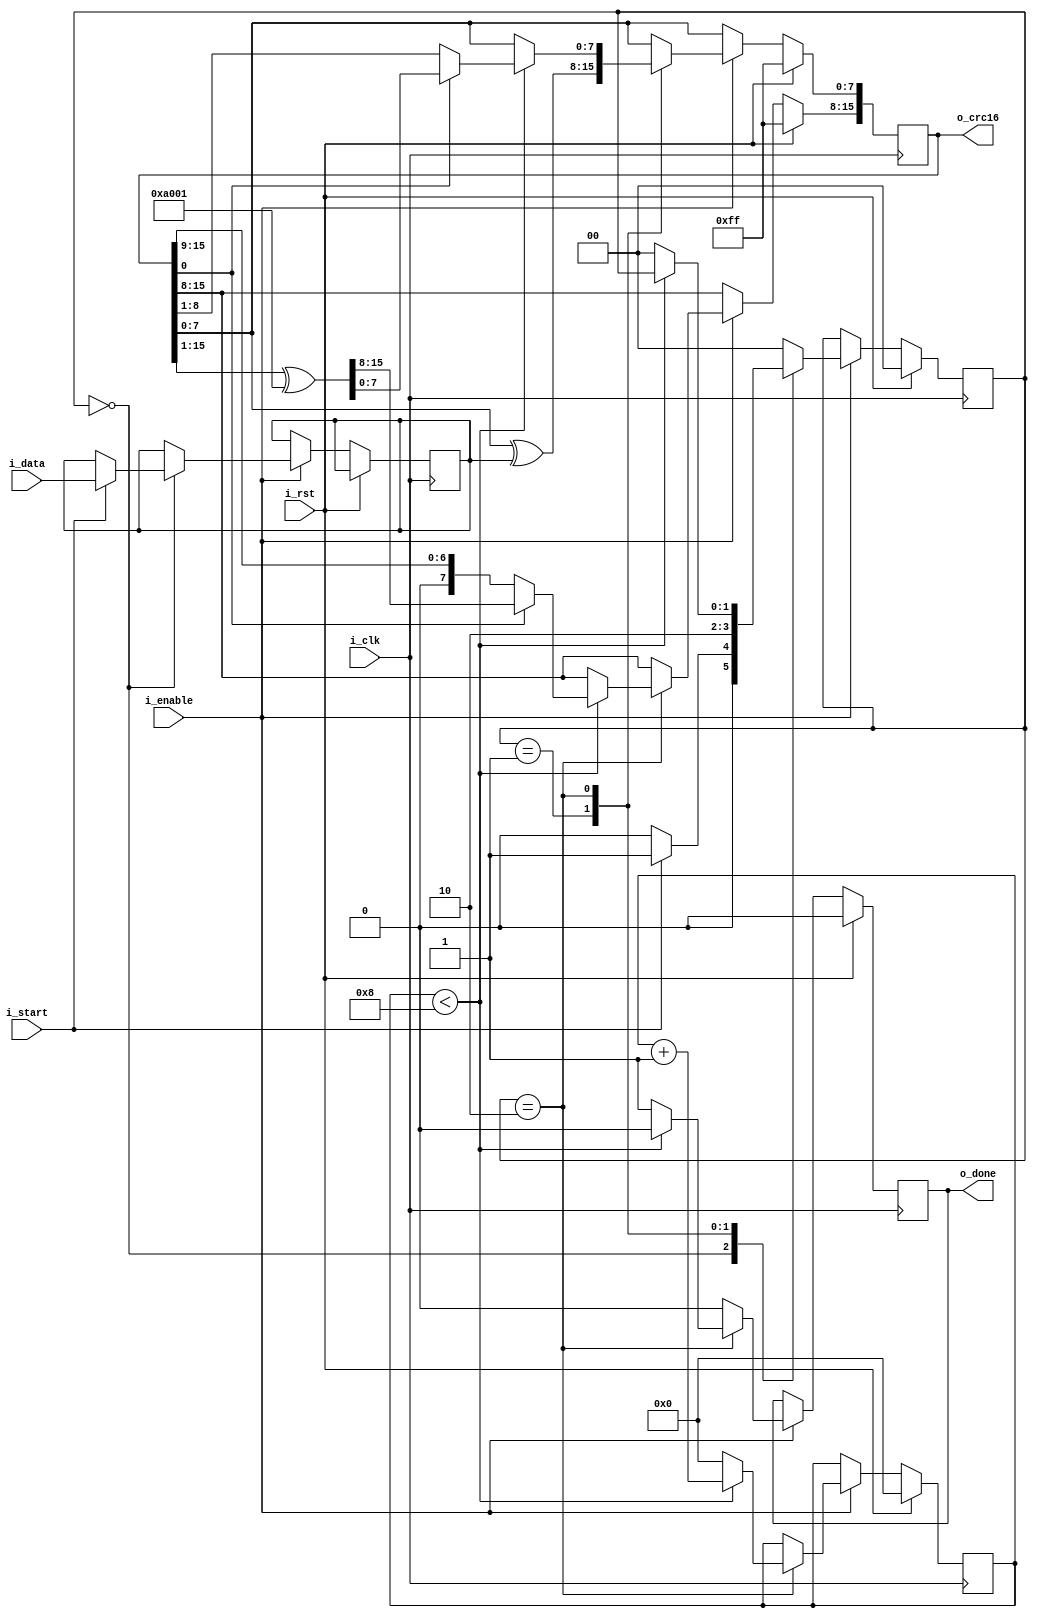
module Modbus_CRC16(
    // Clock, reset and enable pins
    input               i_clk,
    input               i_rst,
    input               i_enable,
    // Interface with top module
    input       [7:0]   i_data,
    input               i_start,
    output reg  [15:0]  o_crc16,
    output reg          o_done
    );

    // State declaration
    localparam IDLE         = 2'b00;
    localparam START_CRC    = 2'b01;
    localparam ITERATE      = 2'b10;

    // CRC16 polinom
    localparam polinom      = 16'hA001;

    reg  [3:0]  iters;

    reg  [7:0]  data;

    reg  [1:0]  state;

    always @(posedge i_clk) begin
        if (i_rst) begin
            o_crc16 <= 16'hffff;
            o_done  <= 1'b0;
            
            iters 	<= 4'h0;

            state   <= IDLE;
        end
        else begin
            if (i_enable) begin
                o_done          <= 1'b0;

                case (state)
                    IDLE : begin
                        if (i_start) begin
                            data        <= i_data;
                            state       <= START_CRC;
                        end
                        else state      <= IDLE;
                    end
                    START_CRC : begin
                        o_crc16[7:0]    <= o_crc16[7:0] ^ data;

                        state           <= ITERATE;
                    end
                    ITERATE : begin
                        if (iters < 8) begin
                            if (o_crc16[0] == 1'b1) o_crc16 <= {1'b0, o_crc16[15:1]} ^ polinom;
                            else o_crc16 <= {1'b0, o_crc16[15:1]};

                            iters       <= iters + 1;
                        end
                        else begin
                            iters       <= 4'h0;

                            o_done      <= 1'b1;

                            state       <= IDLE;
                        end
                    end
                    default : state <= IDLE;
                endcase
            end
        end
    end
endmodule